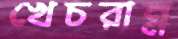
খেচরান্ন